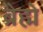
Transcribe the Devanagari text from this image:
ब्रेह्मे